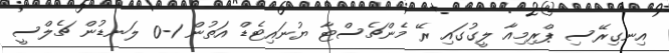
އިނގިރޭސި ޕްރިމިއާ ލީގުގައި ރޭ މެންޗެސްޓާ ޔުނައިޓެޑް އަތުން 1-0 ލަނޑުން ޗެލްސީ